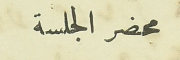
محضر الجلسة